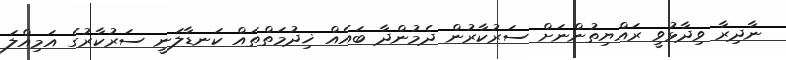
ނާދިރާ ވިދާޅުވީ ރައްޔިތުންނަށް ސަރުކާރުން ދެމުންދާ ބައެއް ޚިދުމަތްތައް ކަނޑާލަނީ ސަރުކާރުގެ އަމިއްލަ